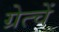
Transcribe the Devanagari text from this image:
ग्रेत्चें